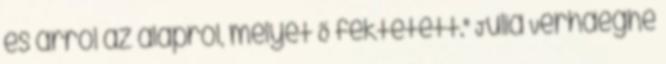
és arról az alapról, melyet Ő fektetett." Julia Verhaeghe